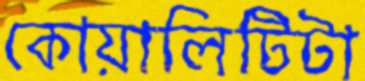
কোয়ালিটিটা